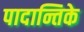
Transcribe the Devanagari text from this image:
पादान्तिके